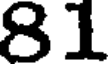
81